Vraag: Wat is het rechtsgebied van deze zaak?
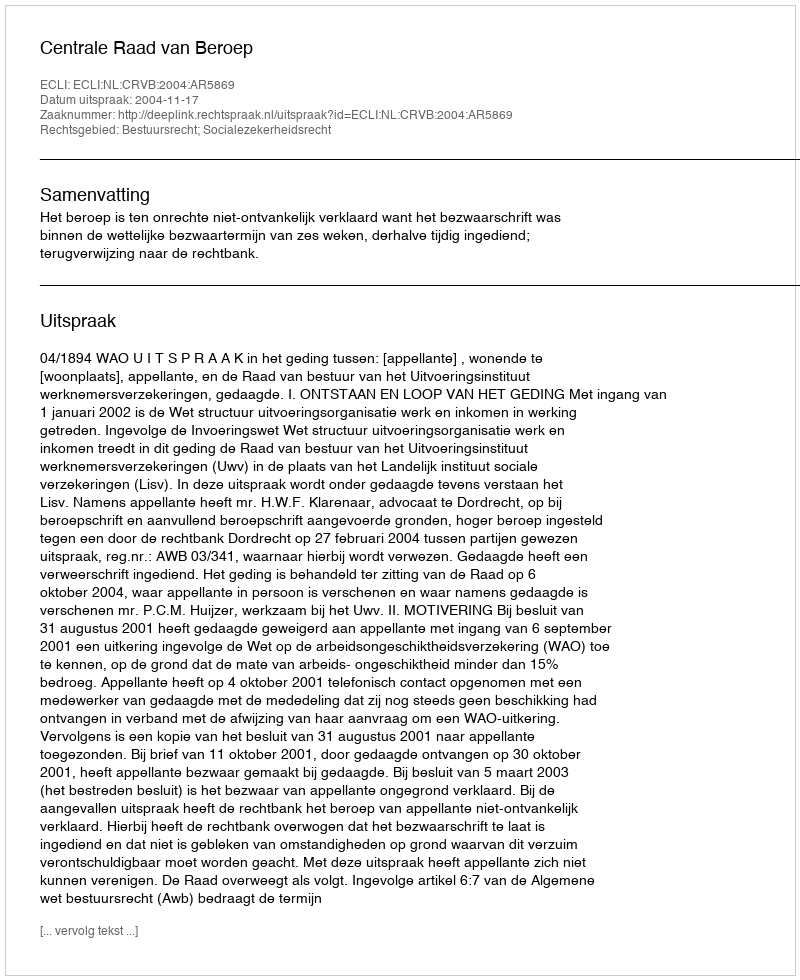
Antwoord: Bestuursrecht; Socialezekerheidsrecht